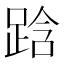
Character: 𮛜